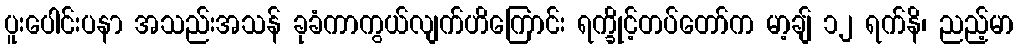
ပူးပေါင်းပနာ အသည်းအသန် ခုခံကာကွယ်လျက်ဟိကြောင်း ရက္ခိုင့်တပ်တော်က မာ့ချ် ၁၂ ရက်နိ၊ ညည့်မာ